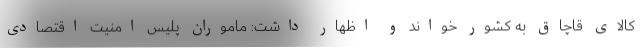
کالای قاچاق به کشور خواند و اظهار داشت: ماموران پلیس امنیت اقتصادی